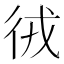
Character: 㣝